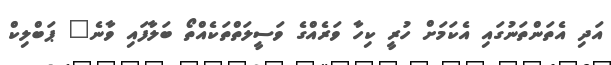
އަދި އެތަންތަނުގައި އެކަމަށް ހުރީ ކިހާ ވަރެއްގެ ވަސީލަތްތަކެއްތޯ ބަލާފައި ވާނެ" ޕަބްލިކް